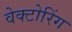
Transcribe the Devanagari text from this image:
वेक्टोरिंग